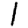
Digit: 1